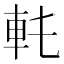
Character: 𨊯